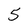
Character: 5